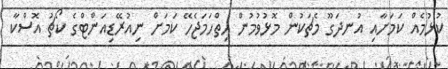
ކުޅުމެއް ކަމަށާއި އުނދަގޫ މެޗަކުން މޮޅުވުމުން ހިތްހަމަޖެހޭ ކަމަށް ނިއުރޭޑިއަންޓްގެ ކޯޗު އޮސްކާ